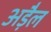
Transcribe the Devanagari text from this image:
अड़ैल